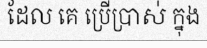
ដែល គេ ប្រើប្រាស់ ក្នុង